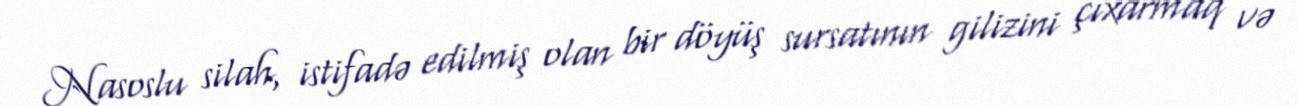
Nasoslu silah, istifadə edilmiş olan bir döyüş sursatının gilizini çıxarmaq və